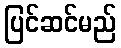
ပြင်ဆင်မည်